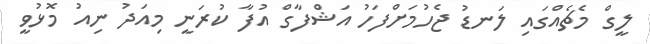
ލީގް މެޗެއްގައި ލަނޑު ޖެހުމަށްފަހު އަޝްފާގް އުފާ ކުރަނީ މިއަދު ނިއު މޮޅުވީ